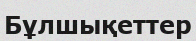
Бұлшықеттер